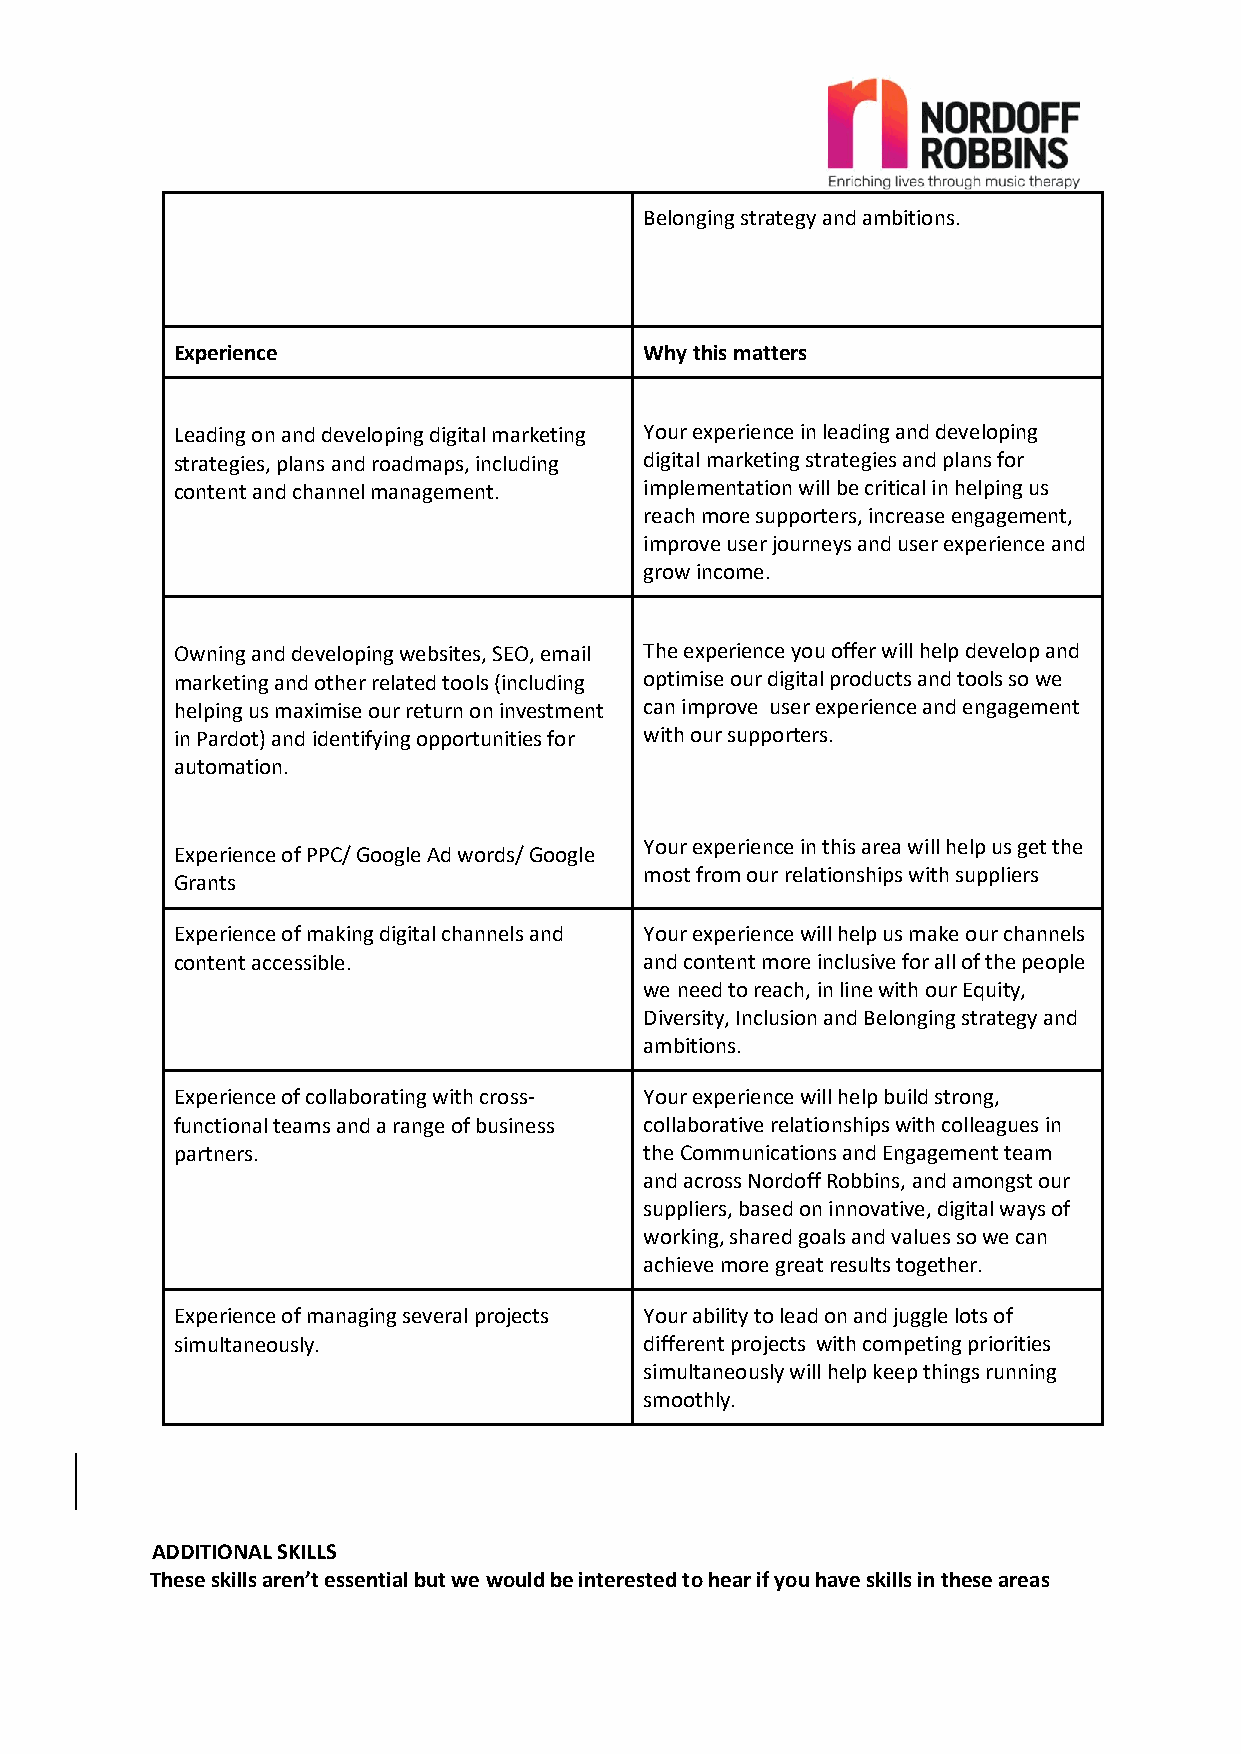
Belonging strategy and ambitions.
 Experience                     Why this matters
 Leading on and developing digital marketing Your experience in leading and developing
 strategies, plans and roadmaps, including digital marketing strategies and plans for
 content and channel management. implementation will be critical in helping us
 reach more supporters, increase engagement,
 improve user journeys and user experience and
 grow income.
 Owning and developing websites, SEO, email The experience you offer will help develop and
 marketing and other related tools (including optimise our digital products and tools so we
 helping us maximise our return on investment can improve user experience and engagement
 in Pardot) and identifying opportunities for with our supporters.
 automation.
 Your experience in this area will help us get the
 Experience of PPC/ Google Ad words/ Google
 most from our relationships with suppliers
 Grants
 Experience of making digital channels and Your experience will help us make our channels
 content accessible.            and content more inclusive for all of the people
 we need to reach, in line with our Equity,
 Diversity, Inclusion and Belonging strategy and
 ambitions.
 Experience of collaborating with cross- Your experience will help build strong,
 functional teams and a range of business collaborative relationships with colleagues in
 partners.                      the Communications and Engagement team
 and across Nordoff Robbins, and amongst our
 suppliers, based on innovative, digital ways of
 working, shared goals and values so we can
 achieve more great results together.
 Experience of managing several projects Your ability to lead on and juggle lots of
 simultaneously.                different projects with competing priorities
 simultaneously will help keep things running
 smoothly.
 ADDITIONAL SKILLS
 These skills aren’t essential but we would be interested to hear if you have skills in these areas